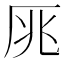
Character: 𠩓